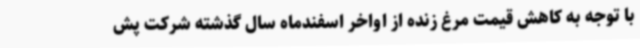
با توجه به کاهش قیمت مرغ زنده از اواخر اسفندماه سال گذشته شرکت پش